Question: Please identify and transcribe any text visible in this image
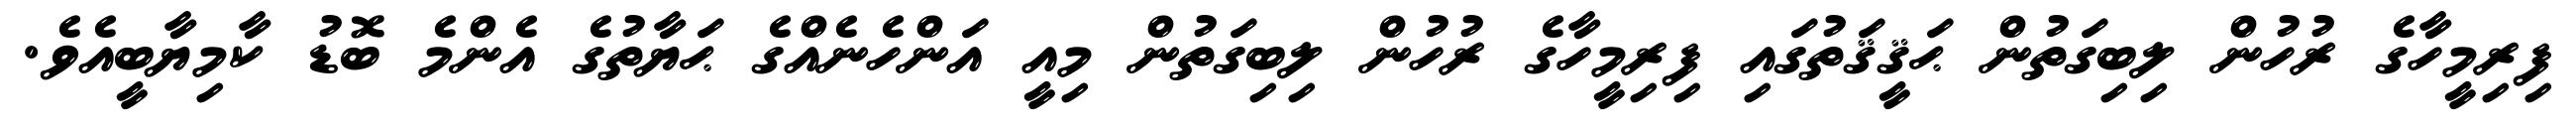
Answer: ފިރިމީހާގެ ރުހުން ލިބިގަތުން ޙަޤީޤަތުގައި ފިރިމީހާގެ ރުހުން ލިބިގަތުން މިއީ އަންހެނެއްގެ ޙަޔާތުގެ އެންމެ ބޮޑު ކާމިޔާބީއެވެ.